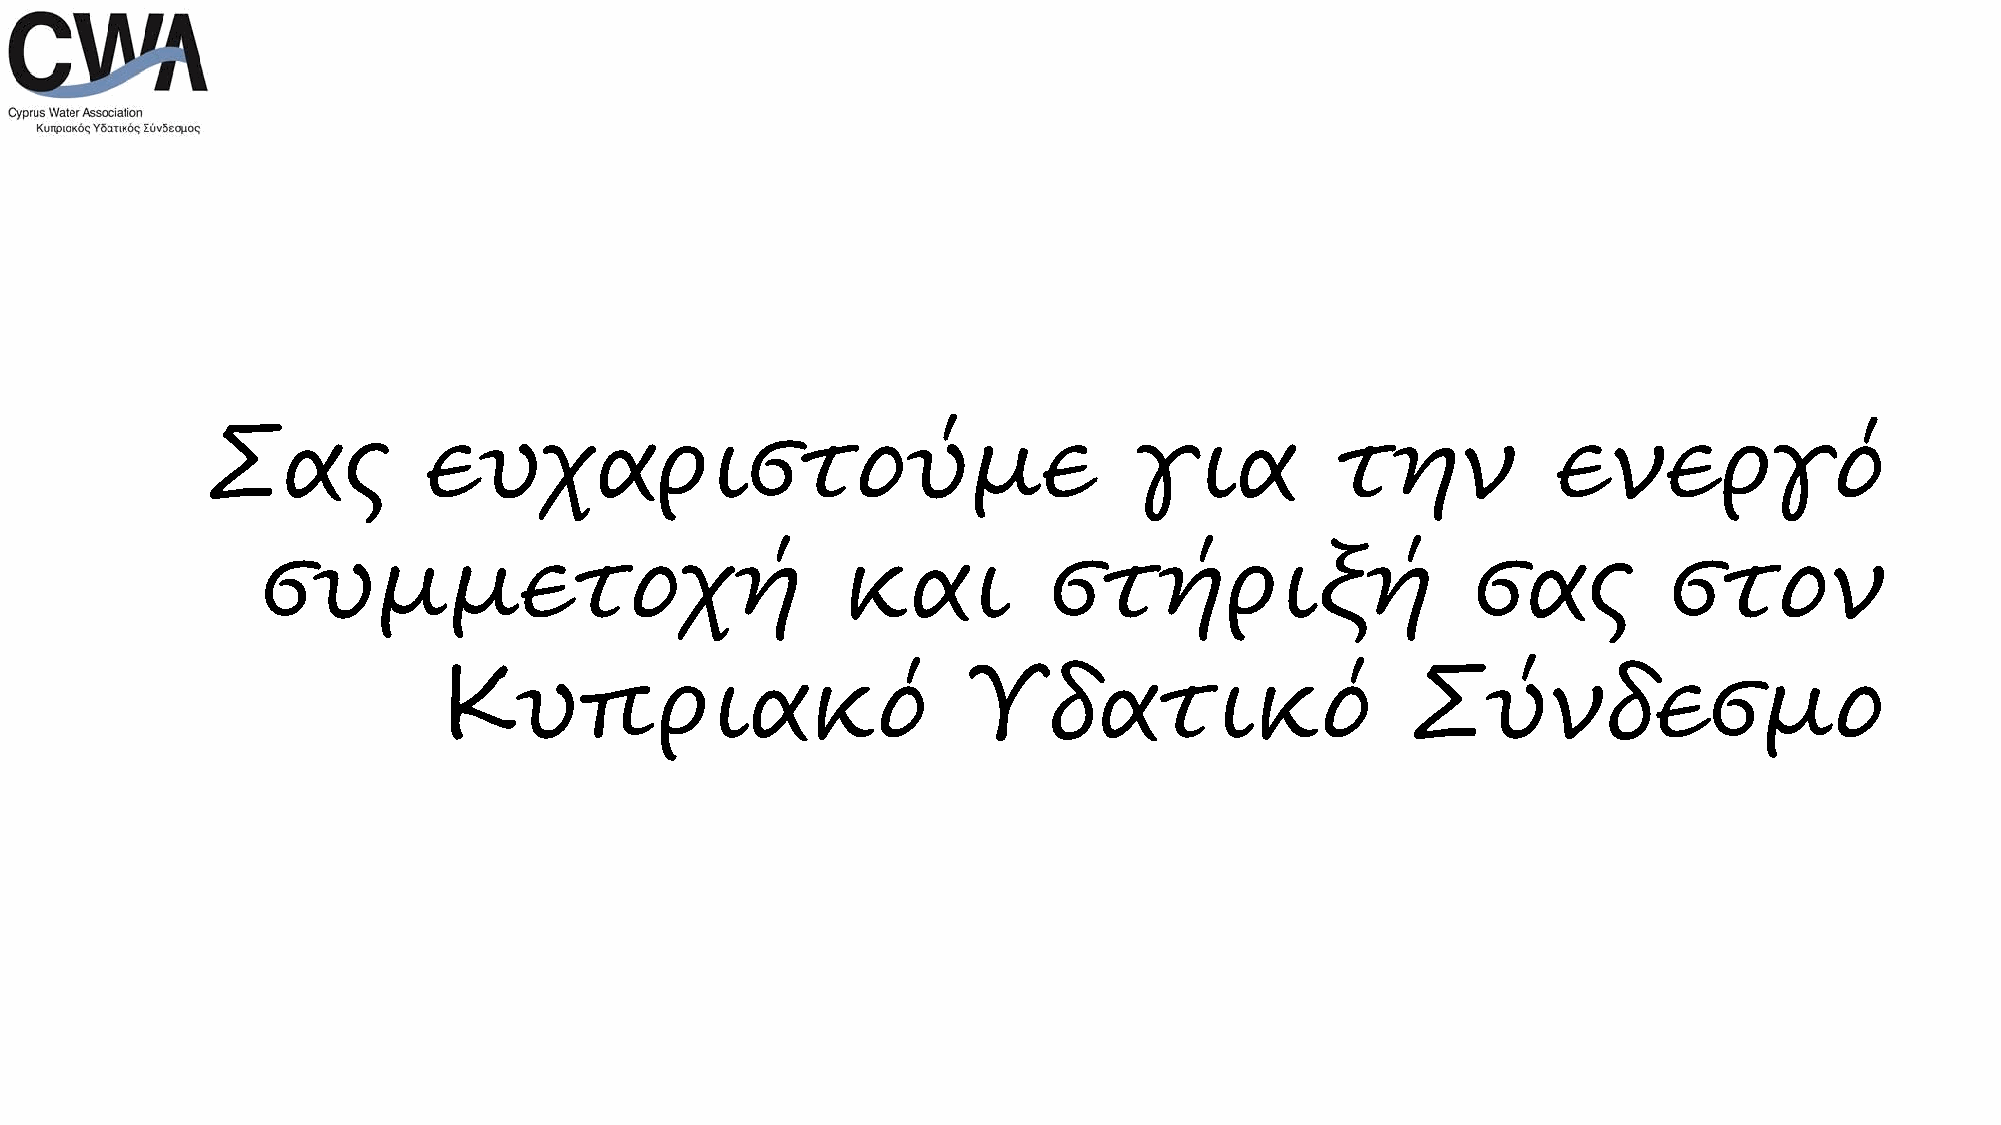
Σας           ευχαριστούμε                                   για          την            ενεργό
 συμμετοχή                              και          στήριξή                      σας          στον
 Κυπριακό                           Υδατικό                      Σύνδεσμο